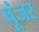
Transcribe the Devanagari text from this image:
पूंजर